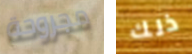
مجروحة ذلك